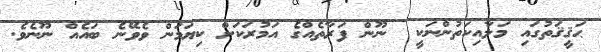
ޙަޤީޤަތުގައި މަލާއިކަތުންނަކީ  ނޫން ފަރާތެއްގެ އަމުރަކަށް ކިޔަމަން ވެވޭނެ ބައެއް ނޫނެވެ.